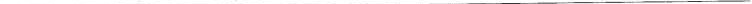
___